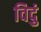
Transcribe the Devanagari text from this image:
विदुं